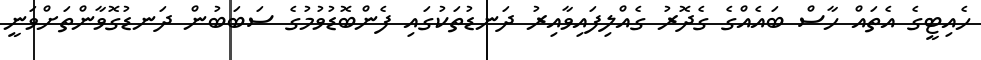
ހެއިޓީގެ އެތައް ހާސް ބައެއްގެ ގެދޮރު ގެއްލިފައިވާއިރު ދަނޑުތަކުގައި ފެންބޮޑުވުމުގެ ސަބަބުން ދަނޑުގޮވާންތަށްވަނީ